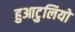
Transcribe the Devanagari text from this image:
हुआटुलियो